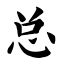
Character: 总